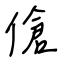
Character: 傖